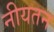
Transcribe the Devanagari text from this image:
नीयतन